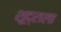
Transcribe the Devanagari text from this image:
शूद्राला